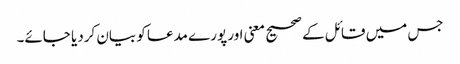
جس میں قائل کے صحیح معنی اور پورے مدعا کو بیان کردیا جائے۔